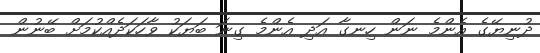
ދުނިޔޭގެ އެންމެ ނަން ހިނގާ އަދި އެންމެ ގިނަ ބަޔަކު ވާހަކަދެއްކުމަށް ބޭނުން